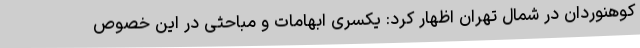
کوهنوردان در شمال تهران اظهار کرد: یکسری ابهامات و مباحثی در این خصوص